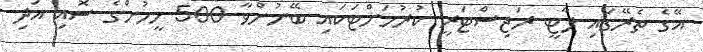
އޭގެ ތެރޭގައި ޕާޓީ ރަޖިސްޓަރީ ކުރުމަށްޓަކައި ބޭނުންވާ 500 މީހުންގެ ސޮއި އަދި